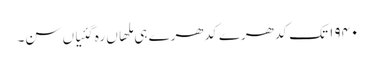
١٩٤٠ تک کدھرے کدھرے ہی ملھاں رہ گئیاں سن۔